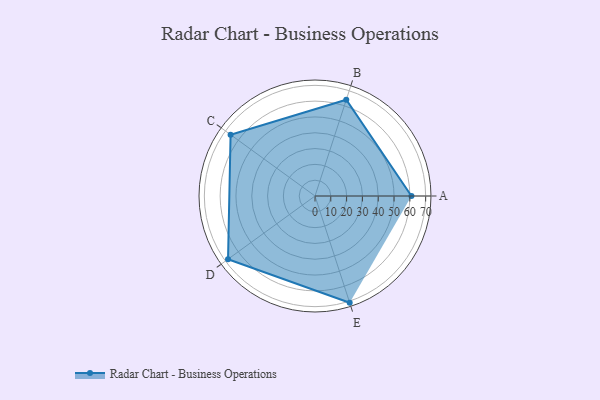
{"axis": {"x": "Skill", "y": "Score"}, "legend": ["Profile"], "data": [{"x": "A", "y": 61.0, "type": "Profile"}, {"x": "B", "y": 64.0, "type": "Profile"}, {"x": "C", "y": 66.0, "type": "Profile"}, {"x": "D", "y": 68.0, "type": "Profile"}, {"x": "E", "y": 71.0, "type": "Profile"}]}